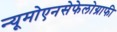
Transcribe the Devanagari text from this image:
न्यूमोएनसेफेलोग्राफी